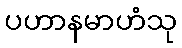
ပဟာနမာဟံသု